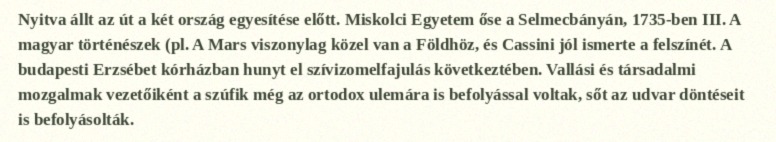
Nyitva állt az út a két ország egyesítése előtt. Miskolci Egyetem őse a Selmecbányán, 1735-ben III. A magyar történészek (pl. A Mars viszonylag közel van a Földhöz, és Cassini jól ismerte a felszínét. A budapesti Erzsébet kórházban hunyt el szívizomelfajulás következtében. Vallási és társadalmi mozgalmak vezetőiként a szúfik még az ortodox ulemára is befolyással voltak, sőt az udvar döntéseit is befolyásolták.